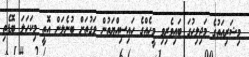
މިޝަރިއަތުގެ މަޖިލިހުގަ ބައިވެރިވި މީހެއްގެ ހައިސިއްޔަތުން ވަގުތަށް ބުނެލަން އޮތީ މިކަހަލަ ބޮޑެތި